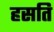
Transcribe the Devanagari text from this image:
हसति